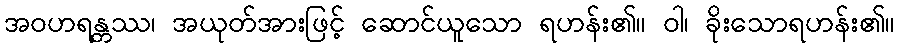
အဝဟရန္တဿ၊ အယုတ်အားဖြင့် ဆောင်ယူသော ရဟန်း၏။ ဝါ၊ ခိုးသောရဟန်း၏။